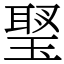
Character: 𤧬